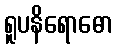
ရူပနိရောဓော